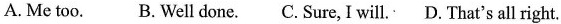
A. Me too. B. Well done. C. Sure, I will. D. That's all right.